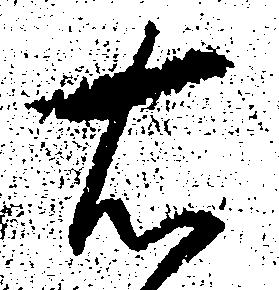
右